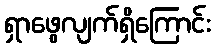
ရှာဖွေလျက်ရှိကြောင်း